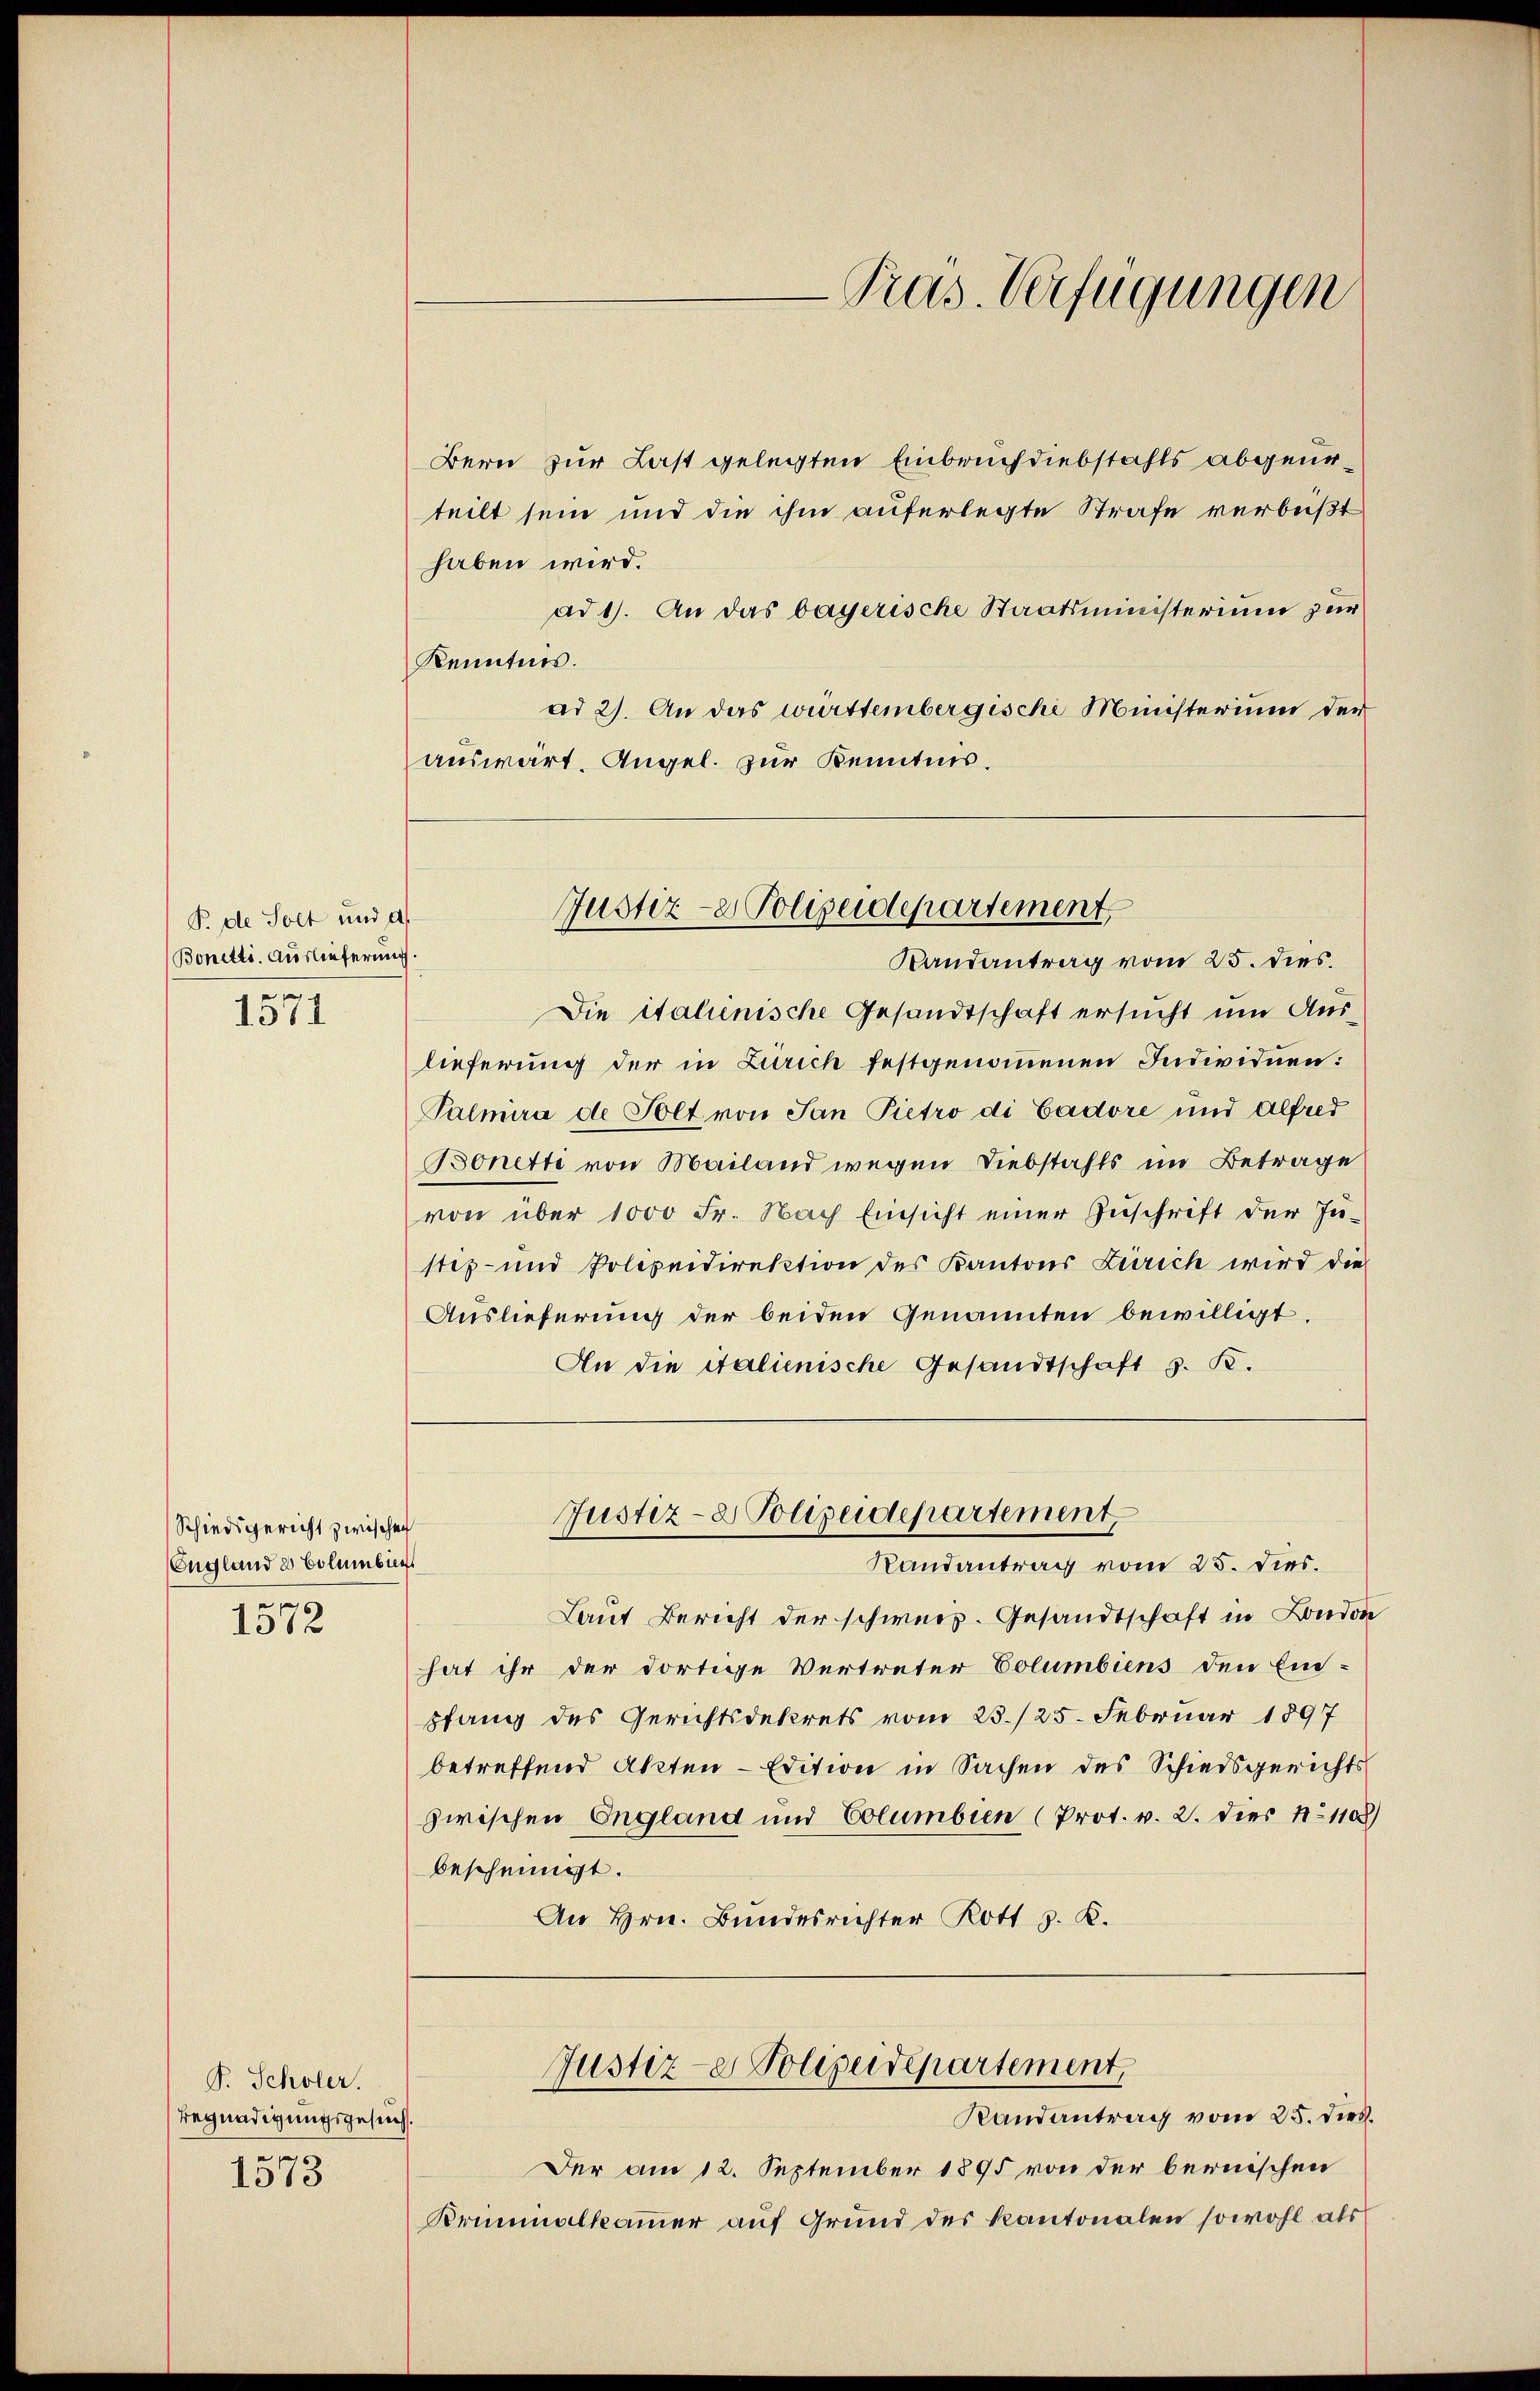
P. de Solt und a
Bonetti. Auslieferung.
e
1311

Schiedsgericht zwischen
England u Bolumbiegs
6

1018

S. Scholer.
Begnadigungsgesuch.

1573

-Pras. Verfügungen

Bern zur Last gelegten Einbruch diebstahls abgeurteilt sein und die ihm auferlegte Strafe verbüßt
haben wird.
ad 1. An das bayerische Staatsministerium zur
Kenntnis.
ad 2). An das württembergische Münsterium der
auswärt. Angel. zur Kenntnis.

Justiz- & Polizeidepartement.
Randantrag vom 25. dies.

Der am 12. September 1895 von der bernischen
Kriminalkammer auf Grund des Kantonalen sowohl als

Justiz-e Polizeidepartement,
Randantrag vom 25. dies.

Die italienische Gesandtschaft ersucht um Auslieferung der in Zürich festgenommenen Individuen:
Palmera de Solt von Jan Pietro di Vadore und Alfred
Bonetti von Mailand wegen Diebstahls im Betrage
von über 1000 Fr. Nach Einsicht einer Zuschrift der Ju-
stiz- und Polizeidirektion des Kantons Zürich wird die
Auslieferung der beiden Genannten bewilligt
An die talienische Gesandtschaft d. R.
Justiz- & Polizeidepartement
Randantrag vom 25. dies.
Laut Bericht der schweiz. Gesandtschaft in London
hat ihr der dortige Vertreter Columbiens den Ein-
pfang des Gerichtsdekrets vom 23./25. Februar 1897
betreffend Akten - Edition in Sachen des Schiedsgerichts
zwischen England und Columbien (Prot. v. 2. dies No 1108)
bescheinigt.
An Hrn. Bundesrichter Rott z. K.